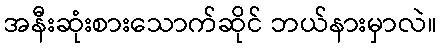
အနီးဆုံးစားသောက်ဆိုင် ဘယ်နားမှာလဲ။